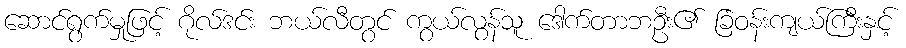
ဆောင်ရွက်မှုဖြင့် ဂိုလ်ဒင်း ဘယ်လီတွင် ကွယ်လွန်သူ ဒေါက်တာဘဦး၏ ခြံဝန်းကျယ်ကြီးနှင့်